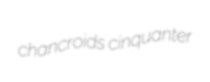
chancroids cinquanter